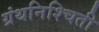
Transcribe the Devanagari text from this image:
ग्रंथनिश्चिती